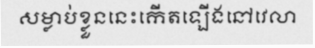
សម្លាប់ខ្លួននេះកើតឡើងនៅវេលា